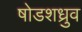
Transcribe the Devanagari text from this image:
षोडशध्रुव